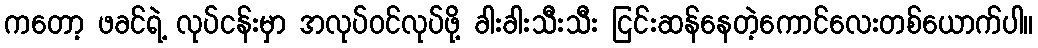
ကတော့ ဖခင်ရဲ့ လုပ်ငန်းမှာ အလုပ်ဝင်လုပ်ဖို့ ခါးခါးသီးသီး ငြင်းဆန်နေတဲ့ကောင်လေးတစ်ယောက်ပါ။